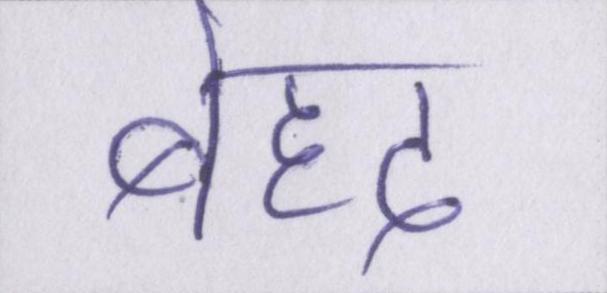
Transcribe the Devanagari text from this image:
बेहद